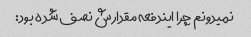
نمیدونم چرا ایندفعه مقدارش نصف شده بود: